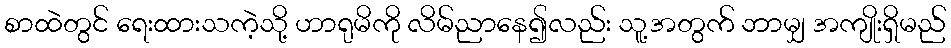
စာထဲတွင် ရေးထားသကဲ့သို့ ဟာရုမိကို လိမ်ညာနေ၍လည်း သူ့အတွက် ဘာမျှ အကျိုးရှိမည်